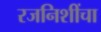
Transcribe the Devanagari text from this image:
रजनिशींचा